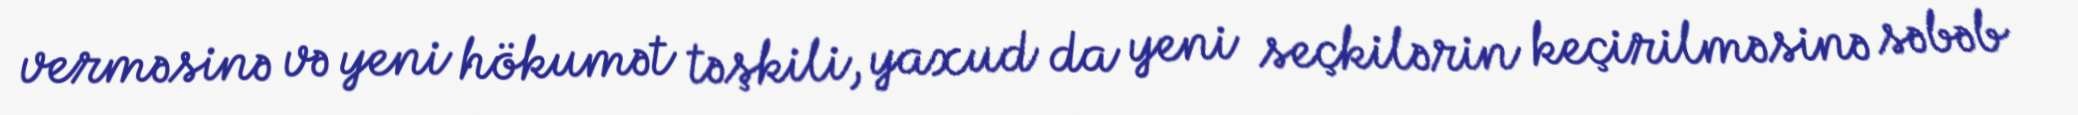
verməsinə və yeni hökumət təşkili, yaxud da yeni seçkilərin keçirilməsinə səbəb